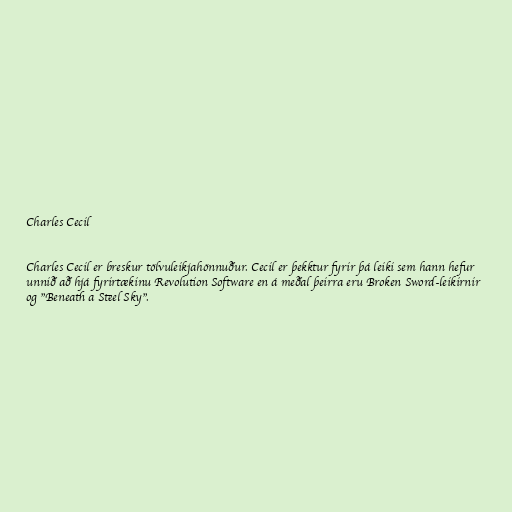
Charles Cecil

Charles Cecil er breskur tölvuleikjahönnuður. Cecil er þekktur fyrir þá leiki sem hann hefur
unnið að hjá fyrirtækinu Revolution Software en á meðal þeirra eru Broken Sword-leikirnir
og "Beneath a Steel Sky".